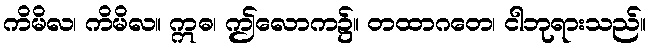
ကိမိလ၊ ကိမိလ။ ဣဓ၊ ဤလောက၌။ တထာဂတေ၊ ငါဘုရားသည်။